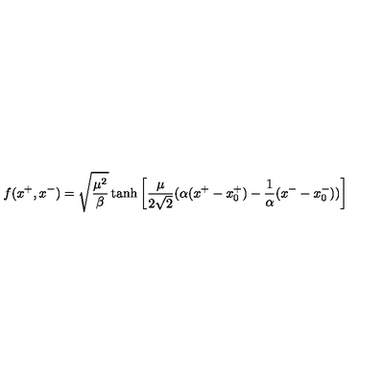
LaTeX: f ( x ^ { + } , x ^ { - } ) = \sqrt \frac { \mu ^ { 2 } } { \beta } \tanh { \left[ \frac { \mu } { 2 \sqrt 2 } ( \alpha ( x ^ { + } - x _ { 0 } ^ { + } ) - \frac { 1 } { \alpha } ( x ^ { - } - x _ { 0 } ^ { - } ) ) \right] }